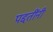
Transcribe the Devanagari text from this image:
पद्दतींनी